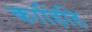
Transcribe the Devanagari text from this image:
काहिहि